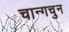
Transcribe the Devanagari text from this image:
चान्गचुन